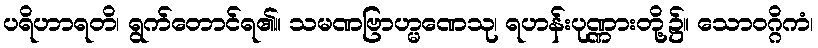
ပရိဟာရတိ၊ ရွက်တောင်ရ၏။ သမဏဗြာဟ္မဏေသု၊ ရဟန်းပုဏ္ဏားတို့၌။ သောဝဂ္ဂိကံ၊